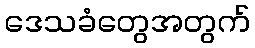
ဒေသခံတွေအတွက်